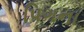
પિગના